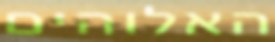
האלוהים